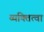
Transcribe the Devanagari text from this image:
व्यक्तित्वा